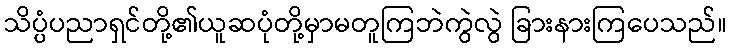
သိပ္ပံပညာရှင်တို့၏ယူဆပုံတို့မှာမတူကြဘဲကွဲလွဲ ခြားနားကြပေသည်။